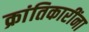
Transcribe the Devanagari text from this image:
क्रांतिकारींना